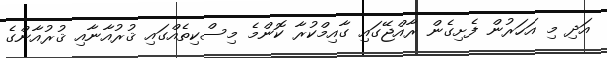
އަދި މި އަހަރުން ފެށިގެން ރާއްޖޭގައި ގާއިމްކުރާ ކޮންމެ މިސްކިތެއްގައި ޤުރުއާނާއި ޤުރުއާންގެ